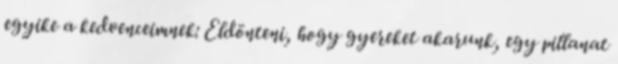
egyike a kedvenceimnek: Eldönteni, hogy gyereket akarunk, egy pillanat